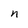
Character: n